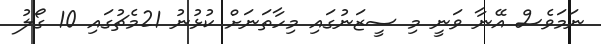
ނަމަވެސް އޭނާ ވަނީ މި ސީޒަނުގައި މިހާތަނަށް ކުޅުނު 21މެޗުގައި 10 ގޯލު